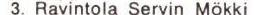
3. Ravintola Servin mökki